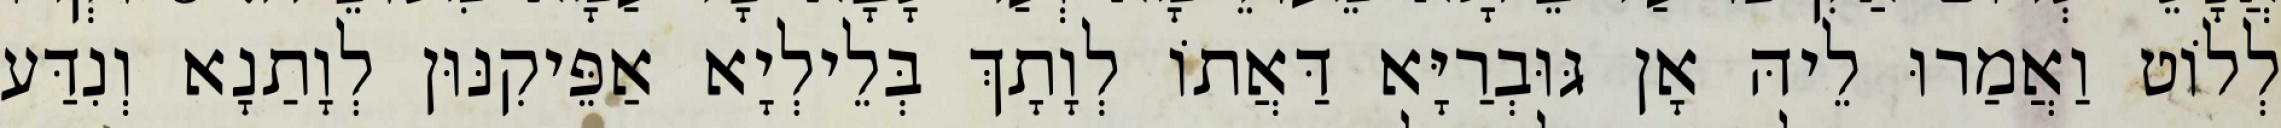
לְלוֹט וַאֲמַרוּ לֵיהּ אָן גּוּבְרַיָּא דַּאֲתוֹ לְוָתָךְ בְּלֵילְיָא אַפֵּיקִנּוּן לְוָתַנָא וְנִדַּע